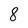
Character: 8